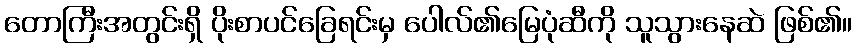
တောကြီးအတွင်းရှိ ပိုးစာပင်ခြေရင်းမှ ပေါလ်၏မြေပုံဆီကို သူသွားနေဆဲ ဖြစ်၏။